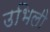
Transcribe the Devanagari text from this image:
उभिली